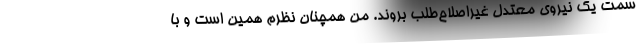
سمت یک نیروی معتدل غیراصلاح‌طلب بروند. من همچنان نظرم همین است و با